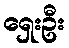
ရှေးဦး